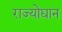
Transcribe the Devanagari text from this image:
राज्योद्यान